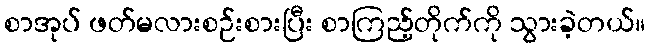
စာအုပ် ဖတ်မလားစဉ်းစားပြီး စာကြည့်တိုက်ကို သွားခဲ့တယ်။